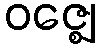
ဝဇ္ဈေ